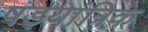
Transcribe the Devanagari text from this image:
षड़यांत्रिक